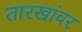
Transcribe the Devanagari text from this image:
तारखांवर